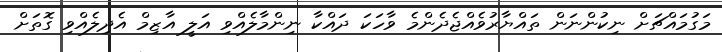
މަގުމައްޗަށް ނިކުންނަން ތައްޔާރުވެއްޖެދެންމެ ވާހަކަ ދައްކާ ނިންމާލެއްވި އަލީ އާޒިމް އެދިލެއްވި ގޮތަށް